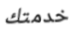
خدمتك